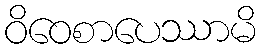
ဝိဝေစာပေဿာမိ